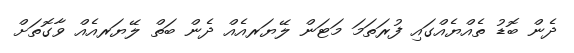
ދެން ބޮޑު ތެއްޔެއްގައި ފުރަތަމަ މަޓަން ލޭޔަރއެއް ދެން ބަތް ލޭޔަރއެއް ވާގޮތަށް